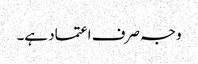
وجہ صرف اعتماد ہے۔